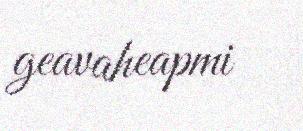
geavaheapmi